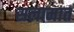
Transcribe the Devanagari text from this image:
सलामात